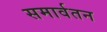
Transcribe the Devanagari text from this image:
समार्वतन